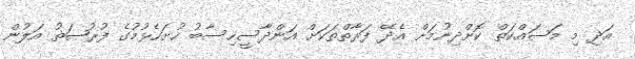
އަދި މި މަސައްކަތް ކޮށްދިނުމަށް އެދޭ ފަރާތްތަކަށް އަންދާސީހިސާބު ހުށަހެޅުމުގެ ފުރުޞަތު އަލުން